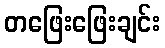
တဖြေးဖြေးချင်း